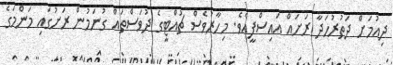
ދިއުމަށް ދަތުރުހަދާ ރަށައް އައިސްފީއެވެ. މިހާރުވެސް ޗުއްޓީގެ ދުވަސްތައް ގުނަމުން ރަށުގައި މަންމަގެ